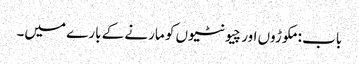
باب : مکوڑوں اور چیونٹیوں کو مارنے کے بارے میں۔